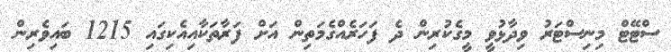
ސްޓޭޓް މިނިސްޓަރު ވިދާޅުވީ މީގެކުރިން ދެ ފަހަރެއްގެމަތިން އަށް ފަރާތަކާއިއެކިގައި 1215 ބައިވެރިން